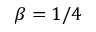
\beta = 1 / 4